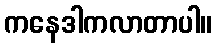
ကနေဒါကလာတာပါ။